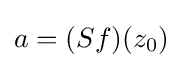
a=(Sf)(z_{0})